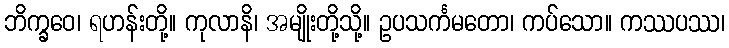
ဘိက္ခဝေ၊ ရဟန်းတို့။ ကုလာနိ၊ အမျိုးတို့သို့။ ဥပသင်္ကမတော၊ ကပ်သော။ ကဿပဿ၊